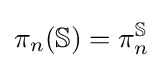
\pi _{n}(\mathbb {S} )=\pi _{n}^{\mathbb {S} }